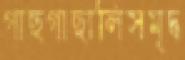
গাছগাছালিসমৃদ্ধ